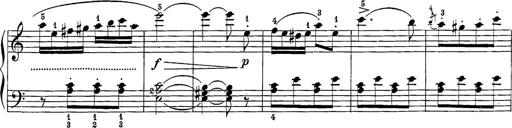
Title: 12 Sonatine per Pianoforte
Composer: Friedrich Kuhlau